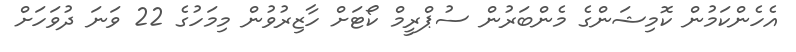
އެހެންކަމުން ކޮމިޝަންގެ މެންބަރުން ސުޕްރީމް ކޯޓަށް ހާޒިރުވުން މިމަހުގެ 22 ވަނަ ދުވަހަށް